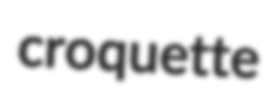
croquette